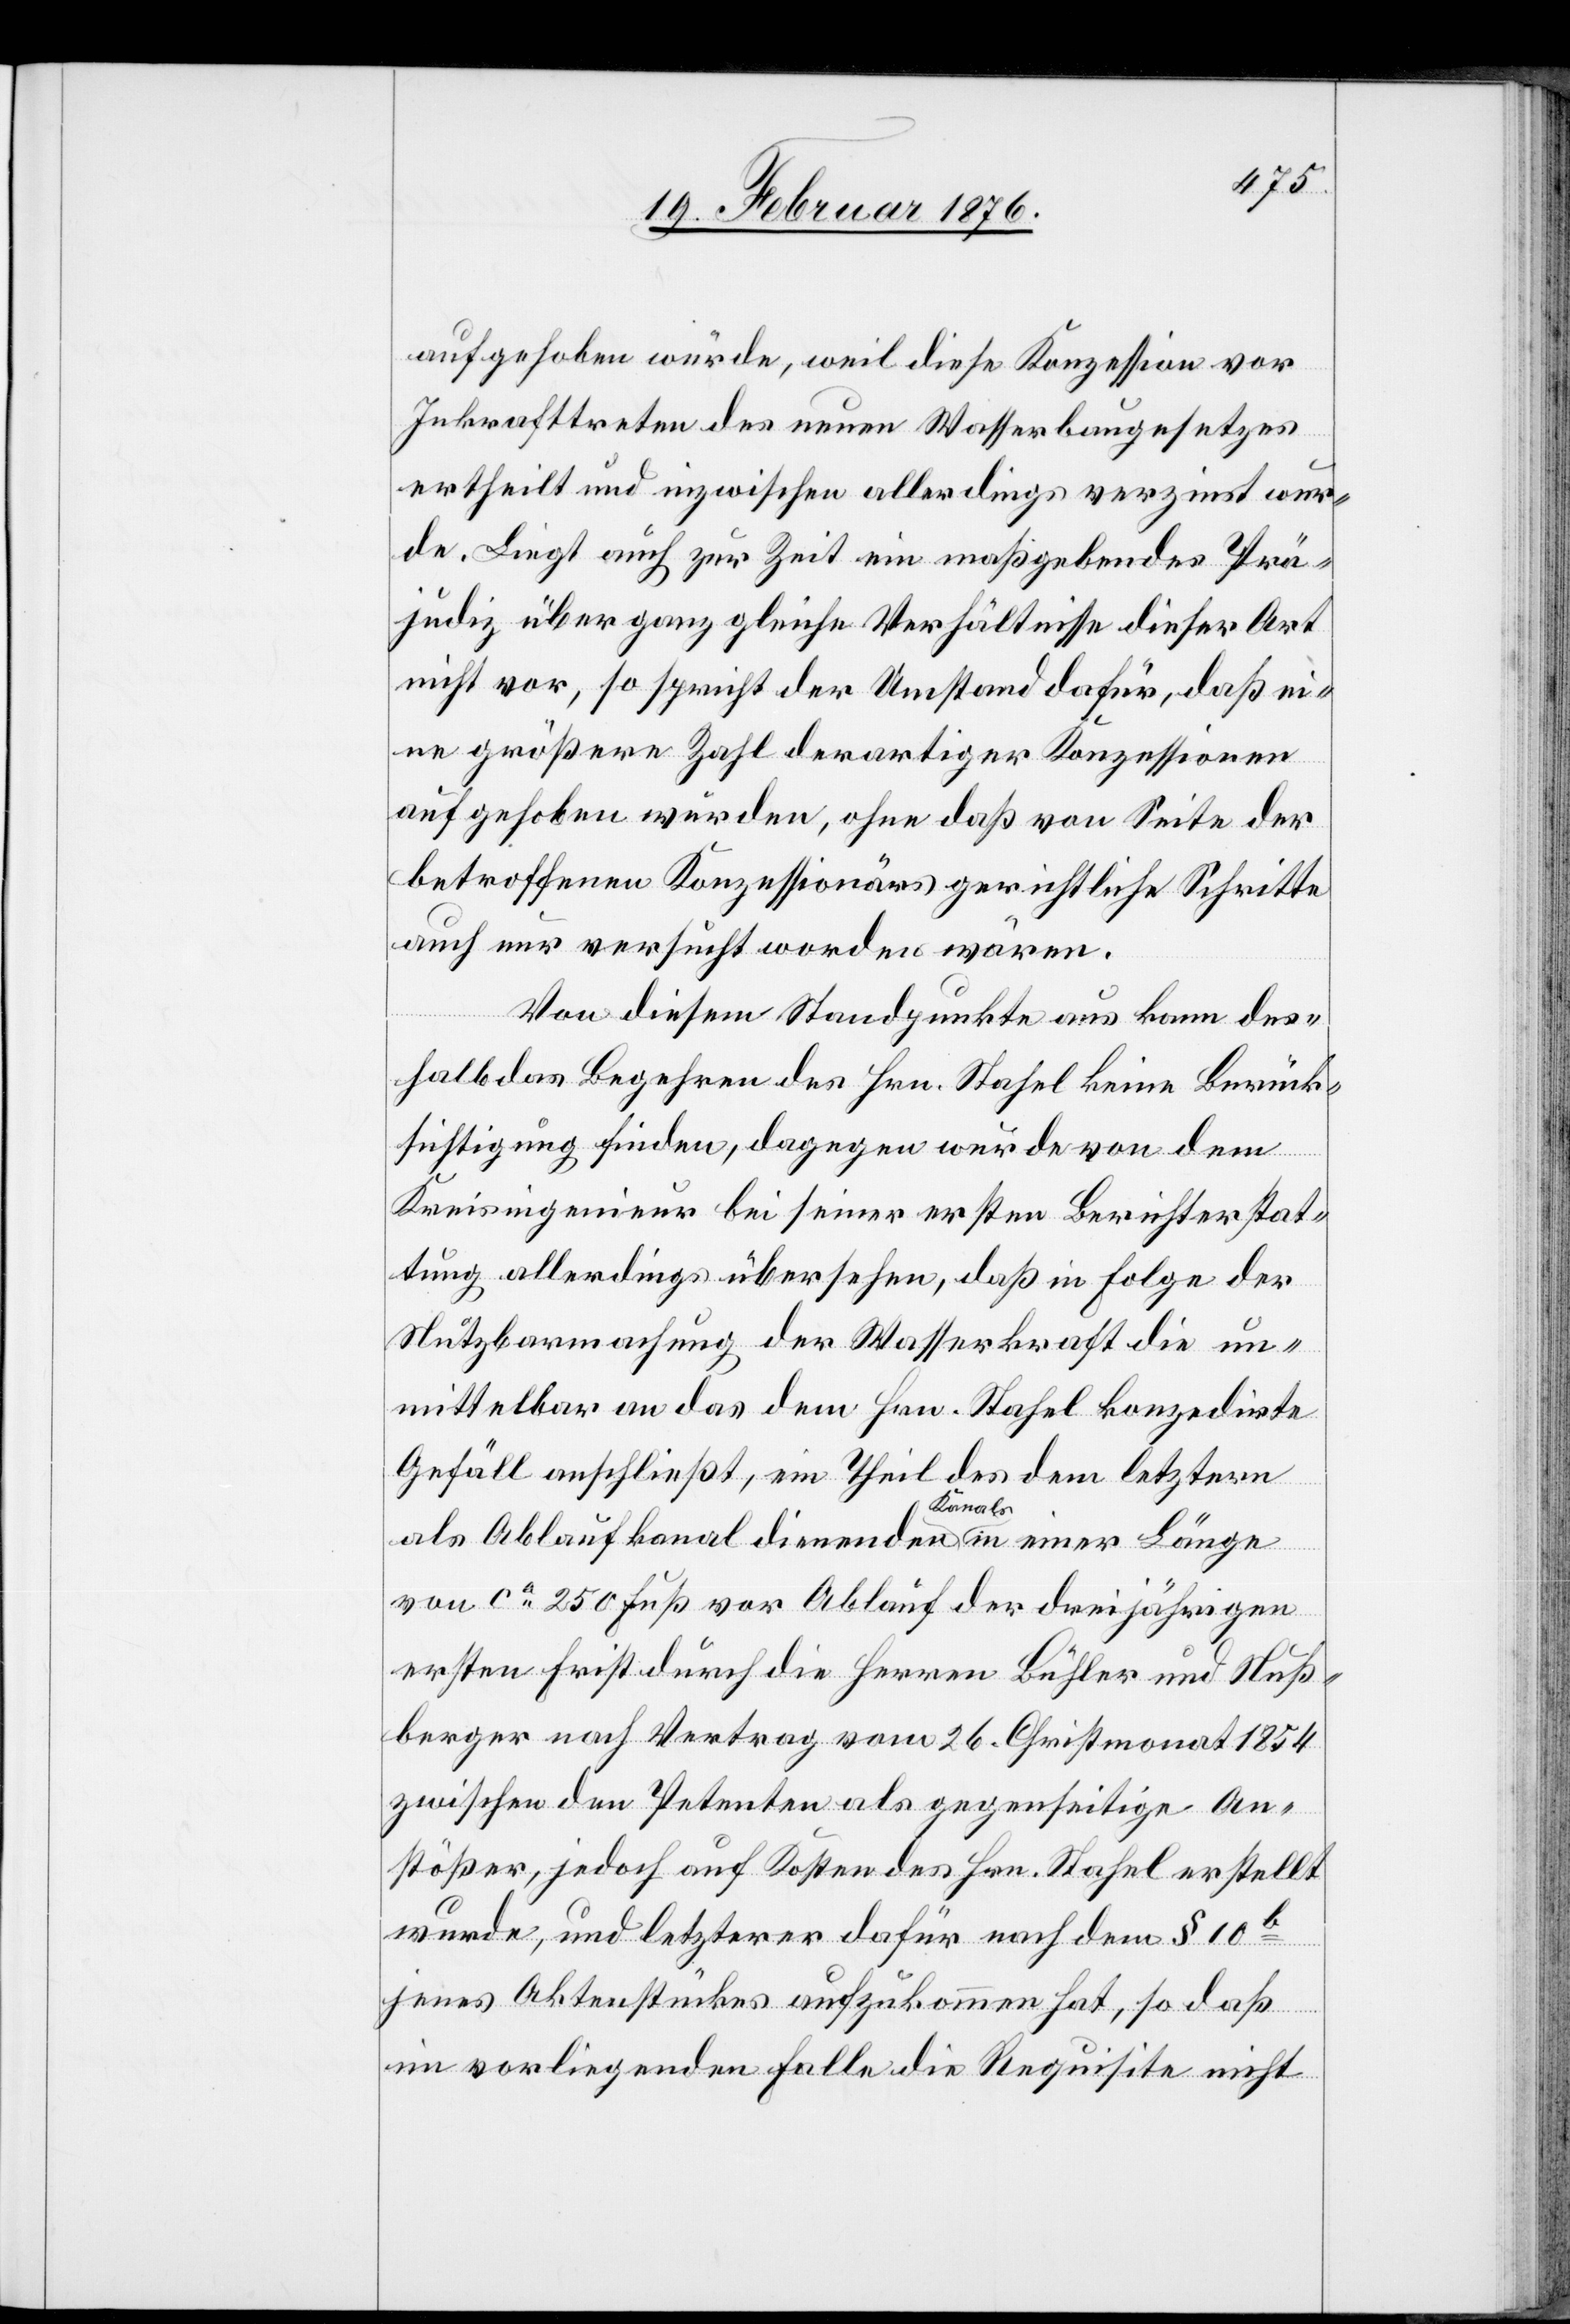
aufgehoben würde, weil diese Konzession vor
Inkrafttreten des neuen Wasserbaugesetzes
ertheilt und inzwischen allerdings verzinst wur¬
de. Liegt auch zur Zeit ein maßgebendes Prä¬
judiz über ganz gleiche Verhältnisse dieser Art
nicht vor, so spricht der Umstand dafür, daß ei¬
ne größere Zahl derartiger Konzessionen
aufgehoben würden, ohne daß von Seite der
betroffenen Konzessionäre gerichtliche Schritte
auch nur versucht worden wären.
Von diesem Standpunkte aus kann des¬
halb das Begehren des Hrn. Stahel keine Berück¬
sichtigung finden, dagegen wurde von dem
Kreisingenieur bei seiner ersten Berichterstat¬
tung allerdings übersehen, daß in Folge der
Nutzbarmachung der Wasserkraft die un¬
mittelbar an das dem Hrn. Stahel konzedirte
Gefäll anschließt, ein Theil des dem letztern
als Ablaufkanal dienenden Kanals in einer Länge
von ca 250 Fuß vor Ablauf der dreijährigen
ersten Frist durch die Herren Bühler und Nuß¬
berger nach Vertrag vom 26. Christmonat 1854
zwischen den Petenten als gegenseitige An¬
stößer, jedoch auf Kosten des Hrn. Stahel erstellt
wurde, und letzterer dafür nach dem § 10b
jenes Aktenstückes aufzukommen hat, so daß
im vorliegenden Falle die Requisite nicht